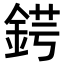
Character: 𨧈